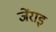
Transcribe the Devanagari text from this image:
जेंराइ